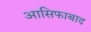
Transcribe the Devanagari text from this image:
आसिफाबाद